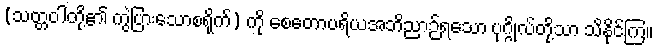
(သတ္တဝါတို့၏ ကွဲပြားသောစရိုက်) ကို စေတောပရိယအဘိညာဉ်ရသော ပုဂ္ဂိုလ်တို့သာ သိနိုင်ကြ။